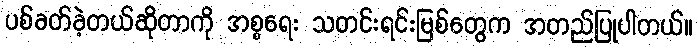
ပစ်ခတ်ခဲ့တယ်ဆိုတာကို အစ္စရေး သတင်းရင်းမြစ်တွေက အတည်ပြုပါတယ်။